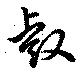
叡